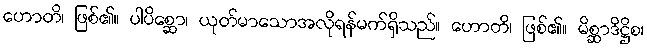
ဟောတိ၊ ဖြစ်၏။ ပါပိစ္ဆော၊ ယုတ်မာသောအလိုရန်မက်ရှိသည်။ ဟောတိ၊ ဖြစ်၏။ မိစ္ဆာဒိဋ္ဌိစ၊